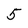
Character: 5